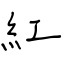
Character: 紅